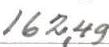
162,49